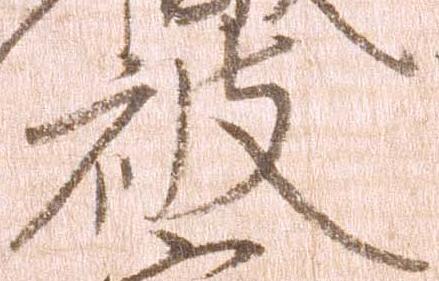
被